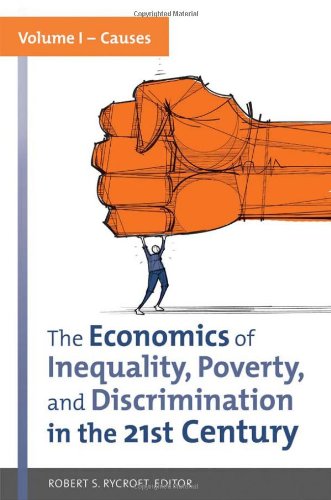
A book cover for The Economics of Inequality, Poverty, and Discrimination in the 21st Century [2 volumes]; Business & Money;